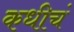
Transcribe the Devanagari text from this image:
कधीचं